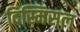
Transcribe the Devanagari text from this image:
दिस्मिसल